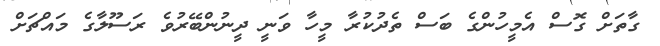
ގާތަށް ގޮސް އެމީހުންގެ ބަސް ތެދުކުރާ މީހާ ވަނީ ދީނުންބޭރުވެ ރަސޫލާގެ މައްޗަށް